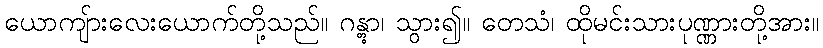
ယောကျ်ားလေးယောက်တို့သည်။ ဂန္တွာ၊ သွား၍။ တေသံ၊ ထိုမင်းသားပုဏ္ဏားတို့အား။